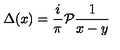
\Delta ( x ) = \frac { i } { \pi } { \cal P } \frac { 1 } { x - y }